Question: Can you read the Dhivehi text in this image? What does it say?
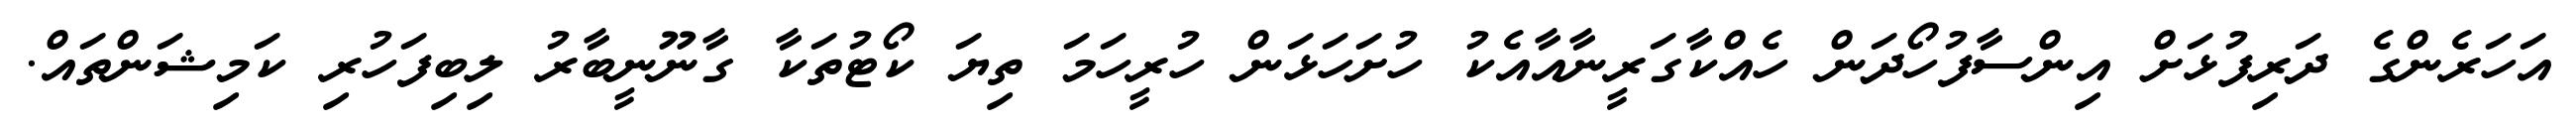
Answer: އަހަރެންގެ ދަރިފުޅަށް އިންސާފުހޯދަން ހެއްކާގަރީނާއާއެކު ހުށަހަޅަން ހުރީހަމަ ތިޔަ ކޯޓުތަކާ ގާނޫނީބާރު ލިބިފަހުރި ކަމިޝަންތައް.